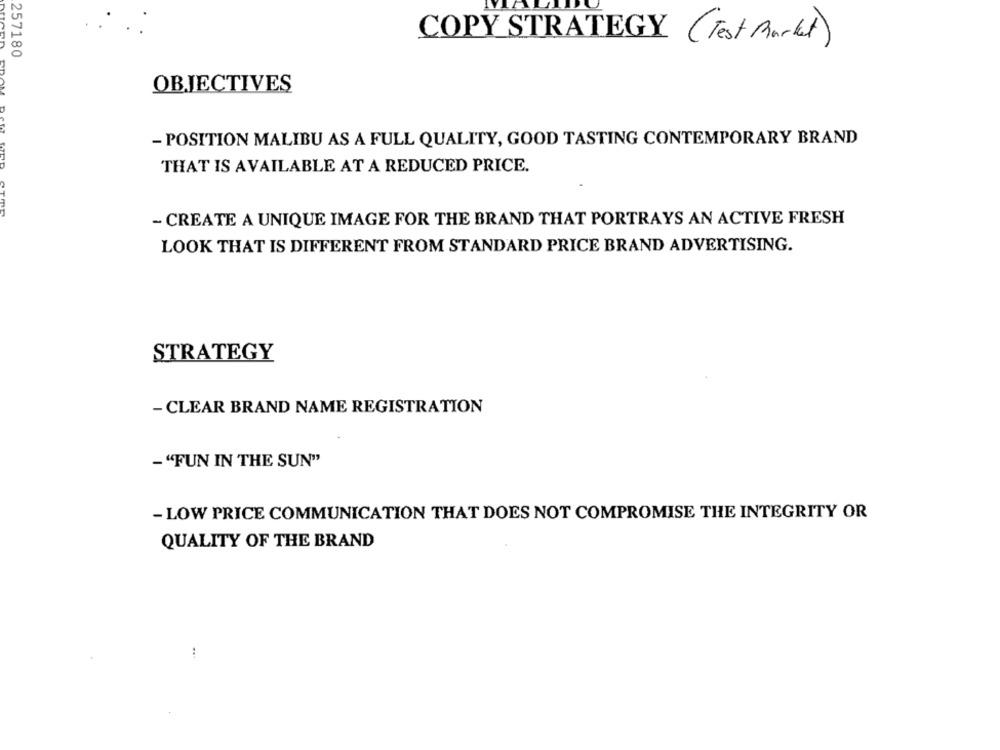
COPY STRATEGY ( Test Market)
257180
OBJECTIVES
- POSITION MALIBU AS A FULL QUALITY, GOOD TASTING CONTEMPORARY BRAND
THAT IS AVAILABLE AT A REDUCED PRICE.
- CREATE A UNIQUE IMAGE FOR THE BRAND THAT PORTRAYS AN ACTIVE FRESH
LOOK THAT IS DIFFERENT FROM STANDARD PRICE BRAND ADVERTISING.
STRATEGY
- CLEAR BRAND NAME REGISTRATION
- "FUN IN THE SUN"
- LOW PRICE COMMUNICATION THAT DOES NOT COMPROMISE THE INTEGRITY OR
QUALITY OF THE BRAND
...